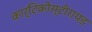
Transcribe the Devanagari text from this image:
कार्टिकोस्टीरायड